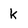
Character: k